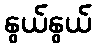
နွယ်နွယ်